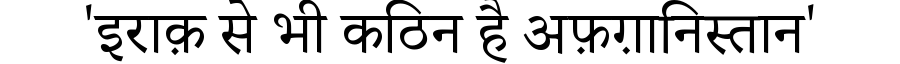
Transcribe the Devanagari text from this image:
'इराक़ से भी कठिन है अफ़ग़ानिस्तान'